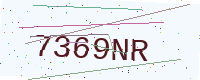
Text: 7369NR